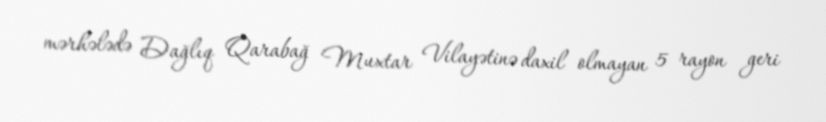
mərhələdə Dağlıq Qarabağ Muxtar Vilayətinə daxil olmayan 5 rayon geri